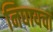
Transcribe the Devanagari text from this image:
निघायचा